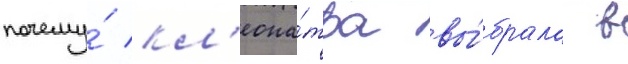
почему́ кл'еопа́тра вы́брала в